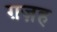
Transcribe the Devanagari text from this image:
ग़ज़ह